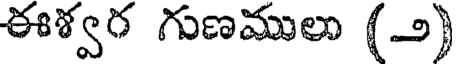
ఈశ్వర గుణములు (౨)